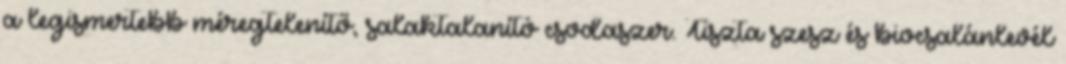
a legismertebb méregtelenítő, salaktalanító csodaszer. Tiszta szesz és biocsalánlevél